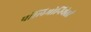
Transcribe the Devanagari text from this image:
पॉलिमोनियेसी